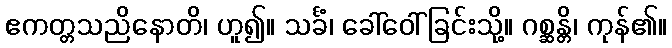
ဧကတ္တသညိနောတိ၊ ဟူ၍။ သင်္ခံ၊ ခေါ်ဝေါ်ခြင်းသို့။ ဂစ္ဆန္တိ၊ ကုန်၏။